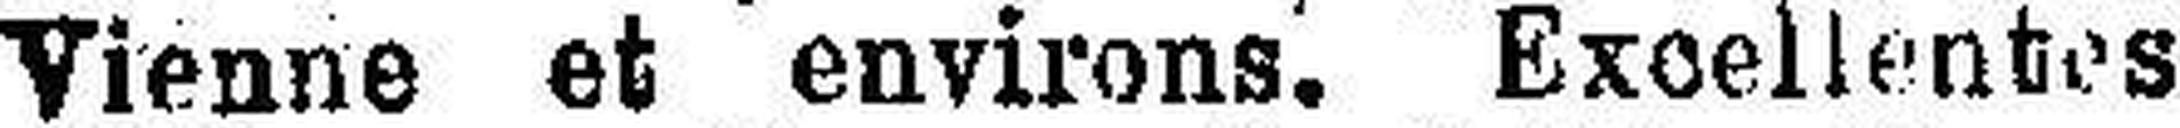
Vienne et environs. Excellentes